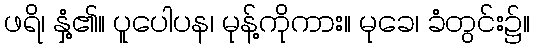
ဖရိ၊ နှံ့၏။ ပူပေါပန၊ မုန့်ကိုကား။ မုခေ၊ ခံတွင်း၌။